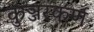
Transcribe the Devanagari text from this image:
कुञ्जरकर्ण